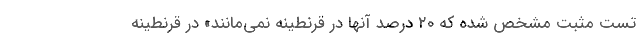
تست مثبت مشخص شده که ۲۰ درصد آنها در قرنطینه نمی‌مانند» در قرنطینه